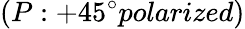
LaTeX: (P:+45^{\circ}polarized)